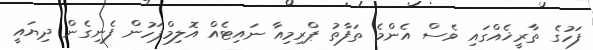
ފަހުގެ ތާރީޚެއްގައި ވެސް އެންމެ ތަފާތު ޕްރިމިއާ ނައިޓެއް އޮލިމްޕަހުން ފެނިގެން ދިޔައީ